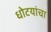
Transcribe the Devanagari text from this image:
धोटयांचा